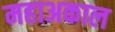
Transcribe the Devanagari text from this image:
महाअकाल